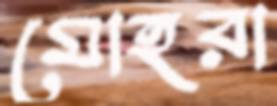
মোহরা